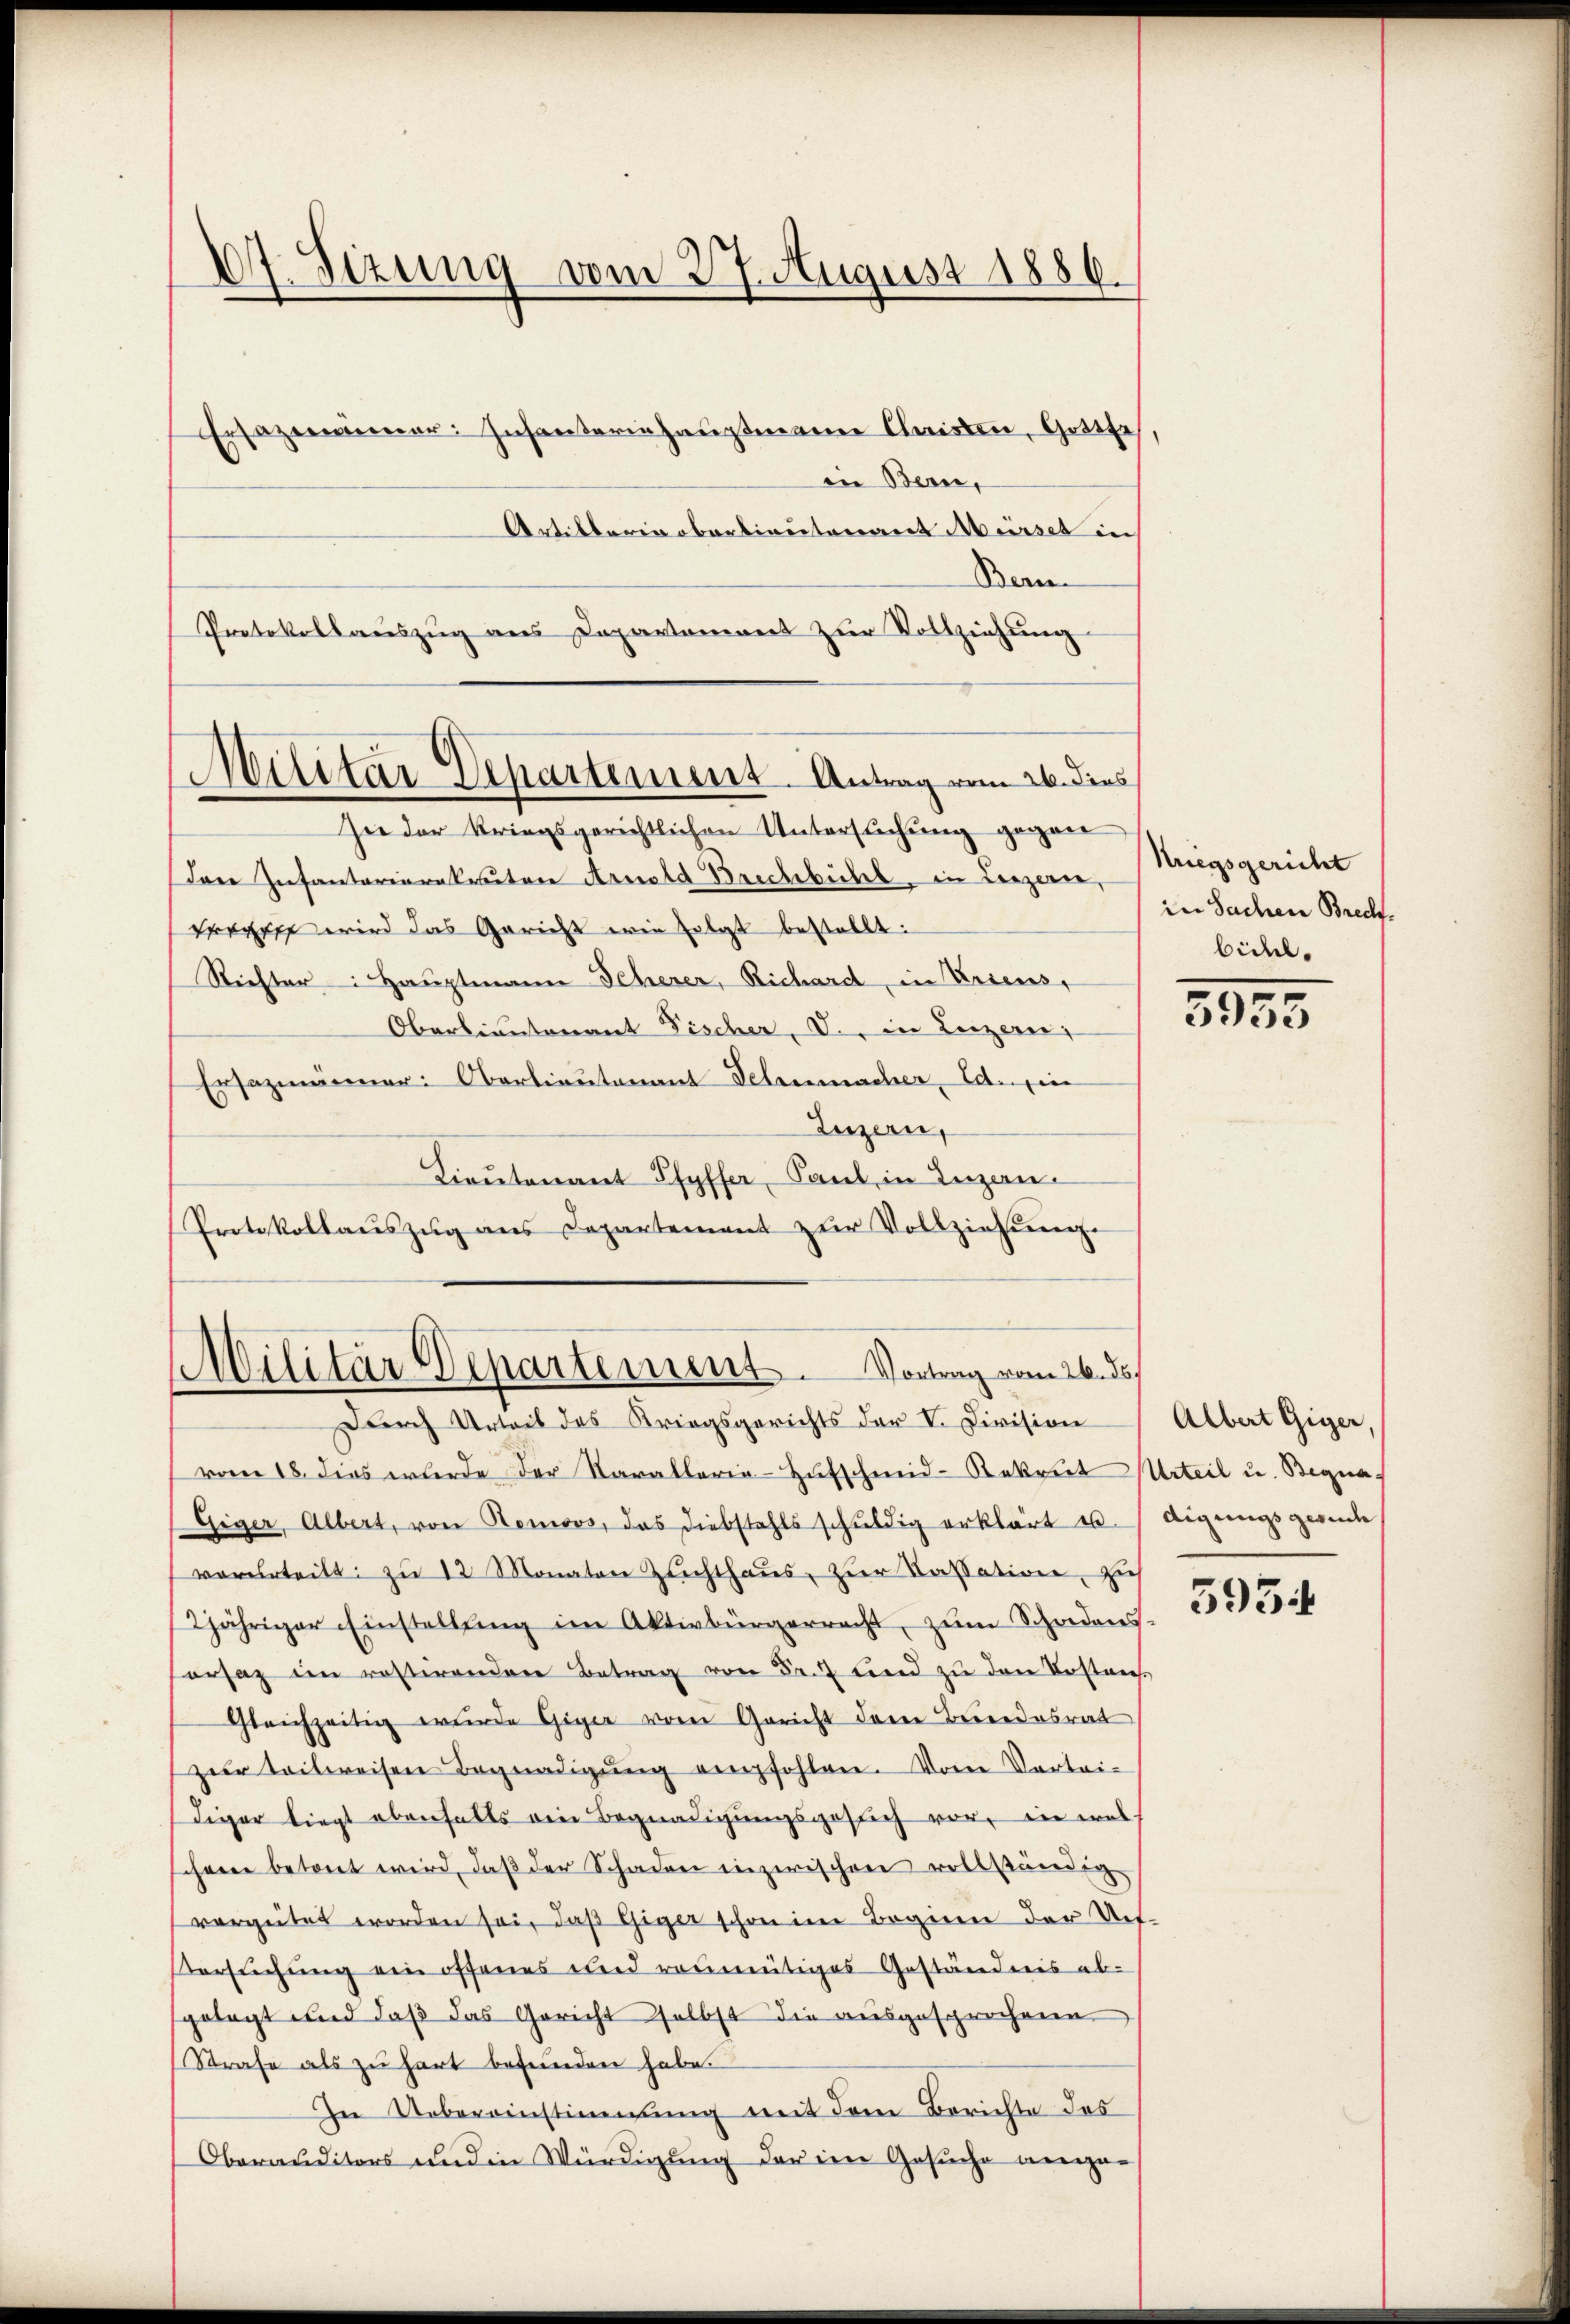
17. Sizung vom 27. August 1886.

Militär-Departement. Antrag vom 26. dies

Protokollauszug aus Departement zur Vollzeichung
sie der kriegsgerichtlichen Untersuchung gegen
Dare Infantarierekruter Arnold Brechbühl in Leezerer
Drogues wird das Gericht wie folgt bestellt:
Richter: Hauptmann Scherer, Richard, in Erseus,
Oberlieutenant Fischer, V., in Luzern,
Ersezmänner: Oberlieutenant Telenmacher, Ed. in
Luzern,
Lieutenant Pfyffer, Paul in Inzan¬
Protokollaŭszŭg ans Departement zŭr Vollziehŭng.

Ersazmänner: Infanteriehauptmann Christen, Gottsch,
in Bern,
Artikerin oberbinetariert Müssel in
Bern

Militär Departement. Vortrag vom 26. ds.

Durch Urteil des Kriegsgerichts der V. Division
vom 18. dies wurde der Karallaria-Hŭfschmid-Rekrut Urteil u. Begna
Giger, Albert, von Ronoos, das Diebstahls schŭldig erklärt u. / digungsgernde
vorurteilt zu 12 Monaten Zuchthaus, zur Kassation, zieh
2jähriger Einstellŭng im Aktivbürgerracht, zŭm Schadens.
ersatz in rostirenden Betrag von Fr. 7 und zu den Testan
Gleichzeitig wurde Giger vom Gericht dem Bundesrat
zur teilweisen Begnadigŭng empfohlen. Vom Vortei-
diger liegt ebenfalls ein Begnadigungsgesuch vor, in welscheine betont wird, daβ der Schaden inzwischen vollständig
vergütet worden sei, daβ Giger schon im Beginn der Uet-
Versuchung ein offenes und reumütiges Geständnis ab-
gelegt und daß das Gericht selbst die ausgesprochene
Strafe als zŭ hart befŭnden habe.
In Uebereinstimmung mit dem Berichte des
Oberauditors und in Würdigung der ein Gesuche ange¬

Kriegsgericht
in Sachen Brech
bidel.

3235.

Albert Giger,

5934